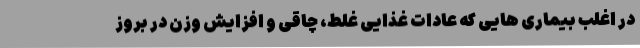
در اغلب بیماری هایی که عادات غذایی غلط، چاقی و افزایش وزن در بروز